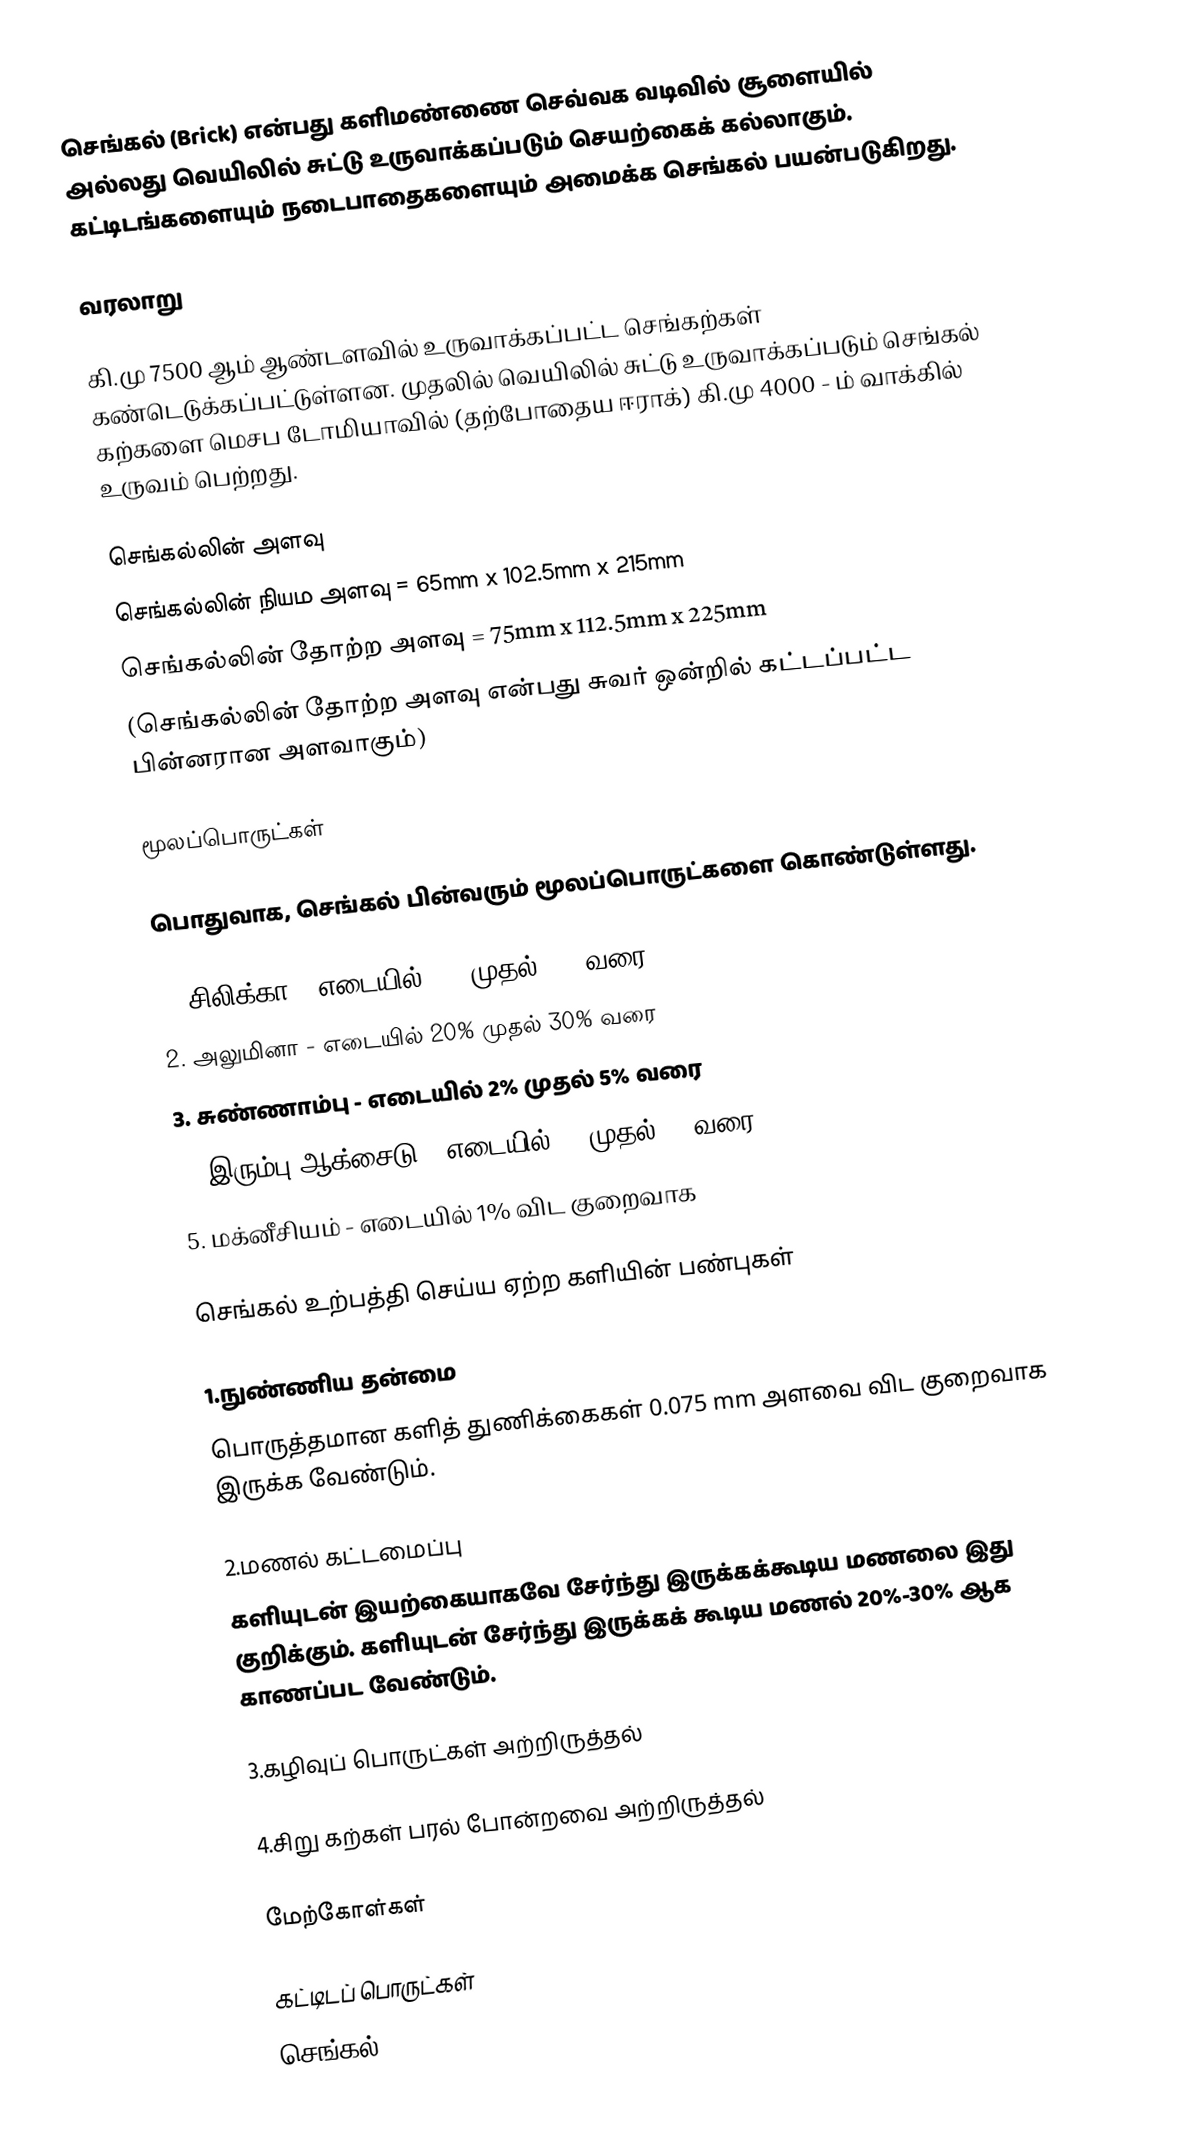
செங்கல் (Brick) என்பது களிமண்ணை செவ்வக வடிவில் சூளையில் அல்லது வெயிலில் சுட்டு உருவாக்கப்படும் செயற்கைக் கல்லாகும். கட்டிடங்களையும் நடைபாதைகளையும் அமைக்க செங்கல் பயன்படுகிறது.

வரலாறு

கி.மு 7500 ஆம் ஆண்டளவில் உருவாக்கப்பட்ட செங்கற்கள் கண்டெடுக்கப்பட்டுள்ளன. முதலில் வெயிலில் சுட்டு உருவாக்கப்படும் செங்கல் கற்களை மெசப டோமியாவில் (தற்போதைய ஈராக்) கி.மு 4000 - ம்  வாக்கில் உருவம் பெற்றது.

செங்கல்லின் அளவு
செங்கல்லின் நியம அளவு   = 65mm x 102.5mm x 215mm
செங்கல்லின் தோற்ற அளவு = 75mm x 112.5mm x 225mm
(செங்கல்லின் தோற்ற அளவு என்பது சுவர் ஒன்றில் கட்டப்பட்ட பின்னரான அளவாகும்)

மூலப்பொருட்கள்

பொதுவாக, செங்கல் பின்வரும் மூலப்பொருட்களை கொண்டுள்ளது.

1. சிலிக்கா         - எடையில் 50% முதல் 60% வரை
2. அலுமினா       - எடையில் 20% முதல் 30% வரை
3. சுண்ணாம்பு      - எடையில் 2% முதல் 5% வரை
4. இரும்பு ஆக்சைடு - எடையில் 5% முதல் 6% வரை
5. மக்னீசியம்       - எடையில் 1% விட குறைவாக

செங்கல் உற்பத்தி செய்ய ஏற்ற களியின் பண்புகள்

1.நுண்ணிய தன்மை
பொருத்தமான களித் துணிக்கைகள் 0.075 mm அளவை விட குறைவாக இருக்க வேண்டும்.

2.மணல் கட்டமைப்பு
களியுடன் இயற்கையாகவே சேர்ந்து இருக்கக்கூடிய மணலை இது குறிக்கும். களியுடன் சேர்ந்து இருக்கக் கூடிய மணல் 20%-30%  ஆக காணப்பட வேண்டும்.

3.கழிவுப் பொருட்கள் அற்றிருத்தல்

4.சிறு கற்கள் பரல் போன்றவை அற்றிருத்தல்

மேற்கோள்கள்

கட்டிடப் பொருட்கள்
செங்கல்